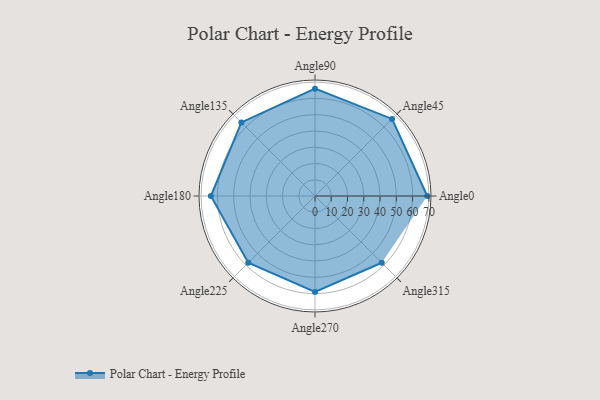
{"axis": {"x": "Angle", "y": "Radius"}, "legend": [""], "data": [{"x": "Angle0", "y": 69.0, "type": ""}, {"x": "Angle45", "y": 67.0, "type": ""}, {"x": "Angle90", "y": 66.0, "type": ""}, {"x": "Angle135", "y": 64.0, "type": ""}, {"x": "Angle180", "y": 64.0, "type": ""}, {"x": "Angle225", "y": 58.0, "type": ""}, {"x": "Angle270", "y": 59.0, "type": ""}, {"x": "Angle315", "y": 58.0, "type": ""}]}